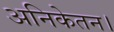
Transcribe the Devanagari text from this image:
अनिकेतन।